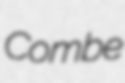
Combe